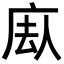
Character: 𪪕